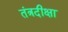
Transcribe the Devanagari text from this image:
तंत्रदीक्षा